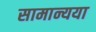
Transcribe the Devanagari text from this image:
सामान्यया